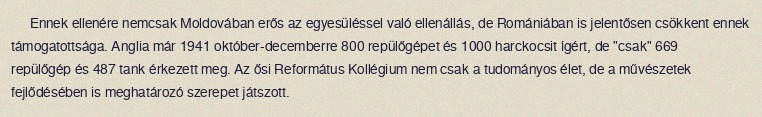
Ennek ellenére nemcsak Moldovában erős az egyesüléssel való ellenállás, de Romániában is jelentősen csökkent ennek támogatottsága. Anglia már 1941 október-decemberre 800 repülőgépet és 1000 harckocsit ígért, de "csak" 669 repülőgép és 487 tank érkezett meg. Az ősi Református Kollégium nem csak a tudományos élet, de a művészetek fejlődésében is meghatározó szerepet játszott.